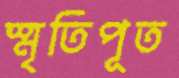
স্মৃতিপূত